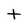
Character: t